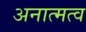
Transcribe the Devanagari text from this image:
अनात्मत्व